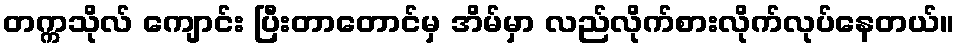
တက္ကသိုလ် ကျောင်း ပြီးတာတောင်မှ အိမ်မှာ လည်လိုက်စားလိုက်လုပ်နေတယ်။